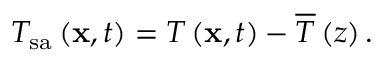
T _ { \mathrm { s a } } \left( \mathbf { x } , t \right) = T \left( \mathbf { x } , t \right) - \overline { { T } } \left( z \right) .